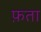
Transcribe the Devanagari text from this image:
फ़ता